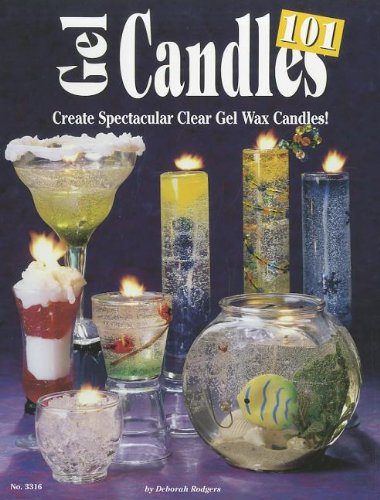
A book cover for Gel Candles 101: Create Spectacular Clear Gel Wax Candles; Deborah Rodgers; Crafts, Hobbies & Home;